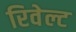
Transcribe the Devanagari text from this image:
रिवेल्ट